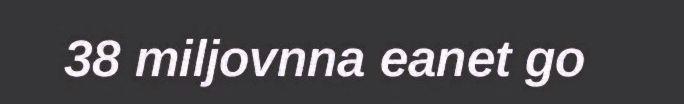
38 miljovnna eanet go